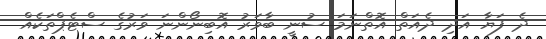
ދެ ފަޔާ އަދި ދެއަތް އޮތްނަމަ ސުނީ ބާވަރު އޮބިނޯންނަ ވަރުގެ ސްޓެޕްތަކެއް